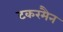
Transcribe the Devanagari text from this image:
टकरमैन